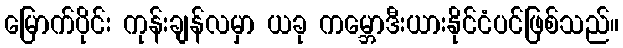
မြောက်ပိုင်း ကုန်းချန်လမှာ ယခု ကမ္ဘောဒီးယားနိုင်ငံပင်ဖြစ်သည်။